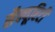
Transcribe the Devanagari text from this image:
सैक्यूरिटी